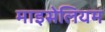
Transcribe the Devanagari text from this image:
माइसेलियम